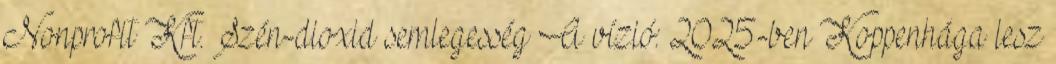
Nonprofit Kft. Szén-dioxid semlegesség A vízió: 2025-ben Koppenhága lesz